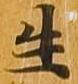
生